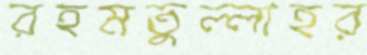
রহমতুল্লাহর